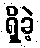
ရှိခဲ့